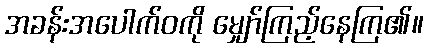
အခန်းအပေါက်ဝကို မျှော်ကြည့်နေကြ၏။